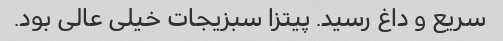
سریع و داغ رسید. پیتزا سبزیجات خیلی عالی بود.